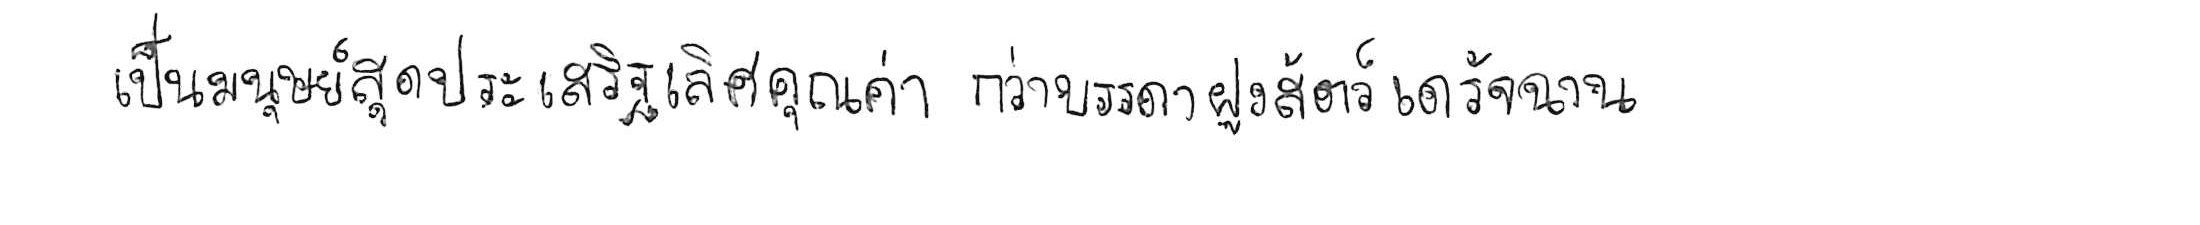
เป็นมนุษย์สุดประเสริฐเลิศคุณค่า กว่าบรรดาฝูงสัตว์เดรัจฉาน